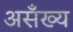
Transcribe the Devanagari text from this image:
असँख्य